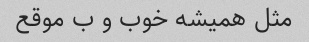
مثل همیشه خوب و ب موقع